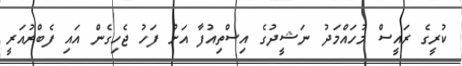
ކުރީގެ ރައީސް މުހައްމަދު ނަޝީދުގެ އިސްތިއުފާ އަށް ފަހު ޖެހިގެން އައި ފެބްރުއަރީ